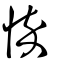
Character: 悴